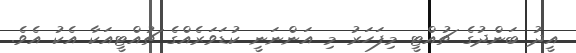
އީދު ބަންދުގެ ޗުއްޓީ މިފަހަރު މި އަންނަނީ ކުޑަވަރެއްގެ ޗުއްޓީއަކާ އެކު އެވެ.